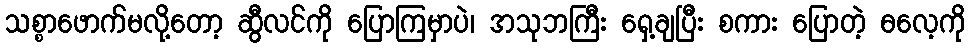
သစ္စာဖောက်မလို့တော့ ဆွီလင်ကို ပြောကြမှာပဲ၊ အသုဘကြီး ရှေ့ချပြီး စကား ပြောတဲ့ ဓလေ့ကို